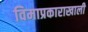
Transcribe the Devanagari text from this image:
विमाप्रकाराखाली